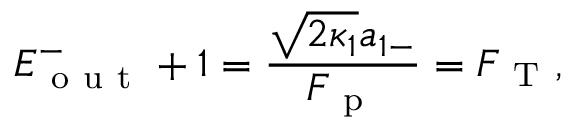
E _ { \mathrm { ~ o ~ u ~ t ~ } } ^ { - } + 1 = \frac { \sqrt { 2 \kappa _ { 1 } } a _ { 1 - } } { F _ { \mathrm { ~ p ~ } } } = F _ { \mathrm { ~ T ~ } } ,